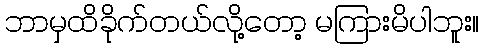
ဘာမှထိခိုက်တယ်လို့တော့ မကြားမိပါဘူး။